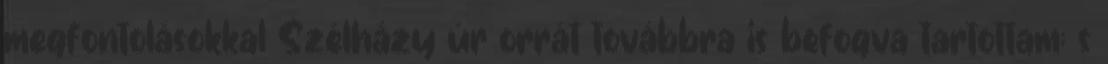
megfontolásokkal Szélházy úr orrát továbbra is befogva tartottam; s